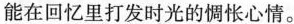
能在回忆里打发时光的惆怅心情。